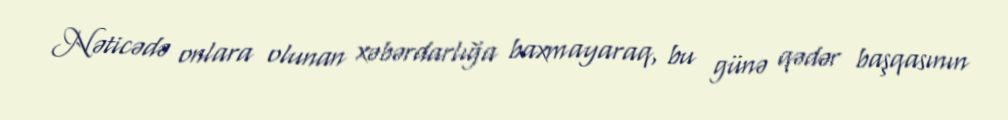
Nəticədə onlara olunan xəbərdarlığa baxmayaraq, bu günə qədər başqasının